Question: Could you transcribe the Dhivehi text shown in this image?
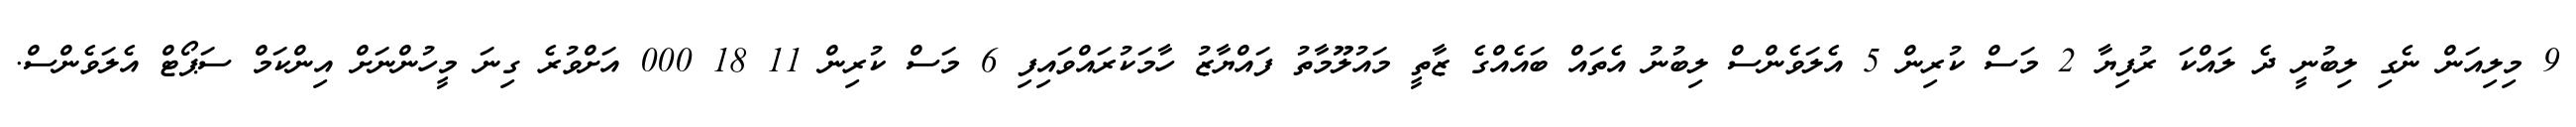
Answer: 9 މިލިއަން ނެގި ލިބުނީ ދެ ލައްކަ ރުފިޔާ 2 މަސް ކުރިން 5 އެލަވެންސް ލިބުނު އެތައް ބައެއްގެ ޒާތީ މައުލޫމާތު ފައްޔާޒު ހާމަކުރައްވައިފި 6 މަސް ކުރިން 11 18 000 އަށްވުރެ ގިނަ މީހުންނަށް އިންކަމް ސަޕޯޓް އެލަވެންސް.